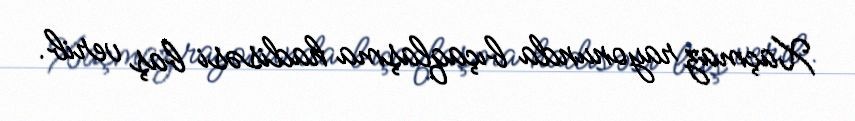
Xaçmaz rayonunda bıçaqlaşma hadisəsi baş verib.